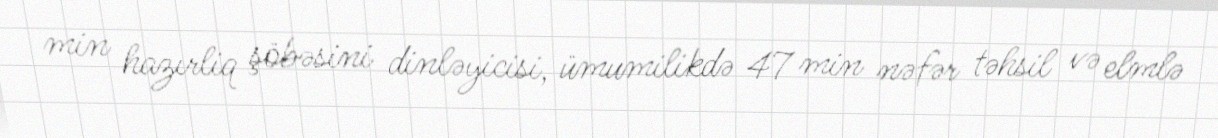
min hazırliq şöbəsini dinləyicisi, ümumilikdə 47 min nəfər təhsil və elmlə